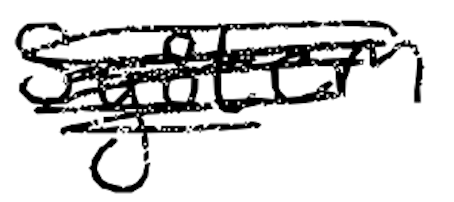
Text: system
Cross-out: mix
Writing tool: digital_black